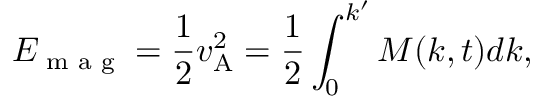
E _ { \textrm { m a g } } = \frac { 1 } { 2 } v _ { \mathrm { A } } ^ { 2 } = \frac { 1 } { 2 } \int _ { 0 } ^ { k ^ { \prime } } M ( k , t ) d k ,